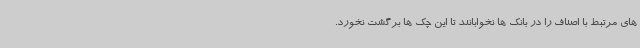
های مرتبط با اصناف را در بانک ها نخوابانند تا این چک ها برگشت نخورد.